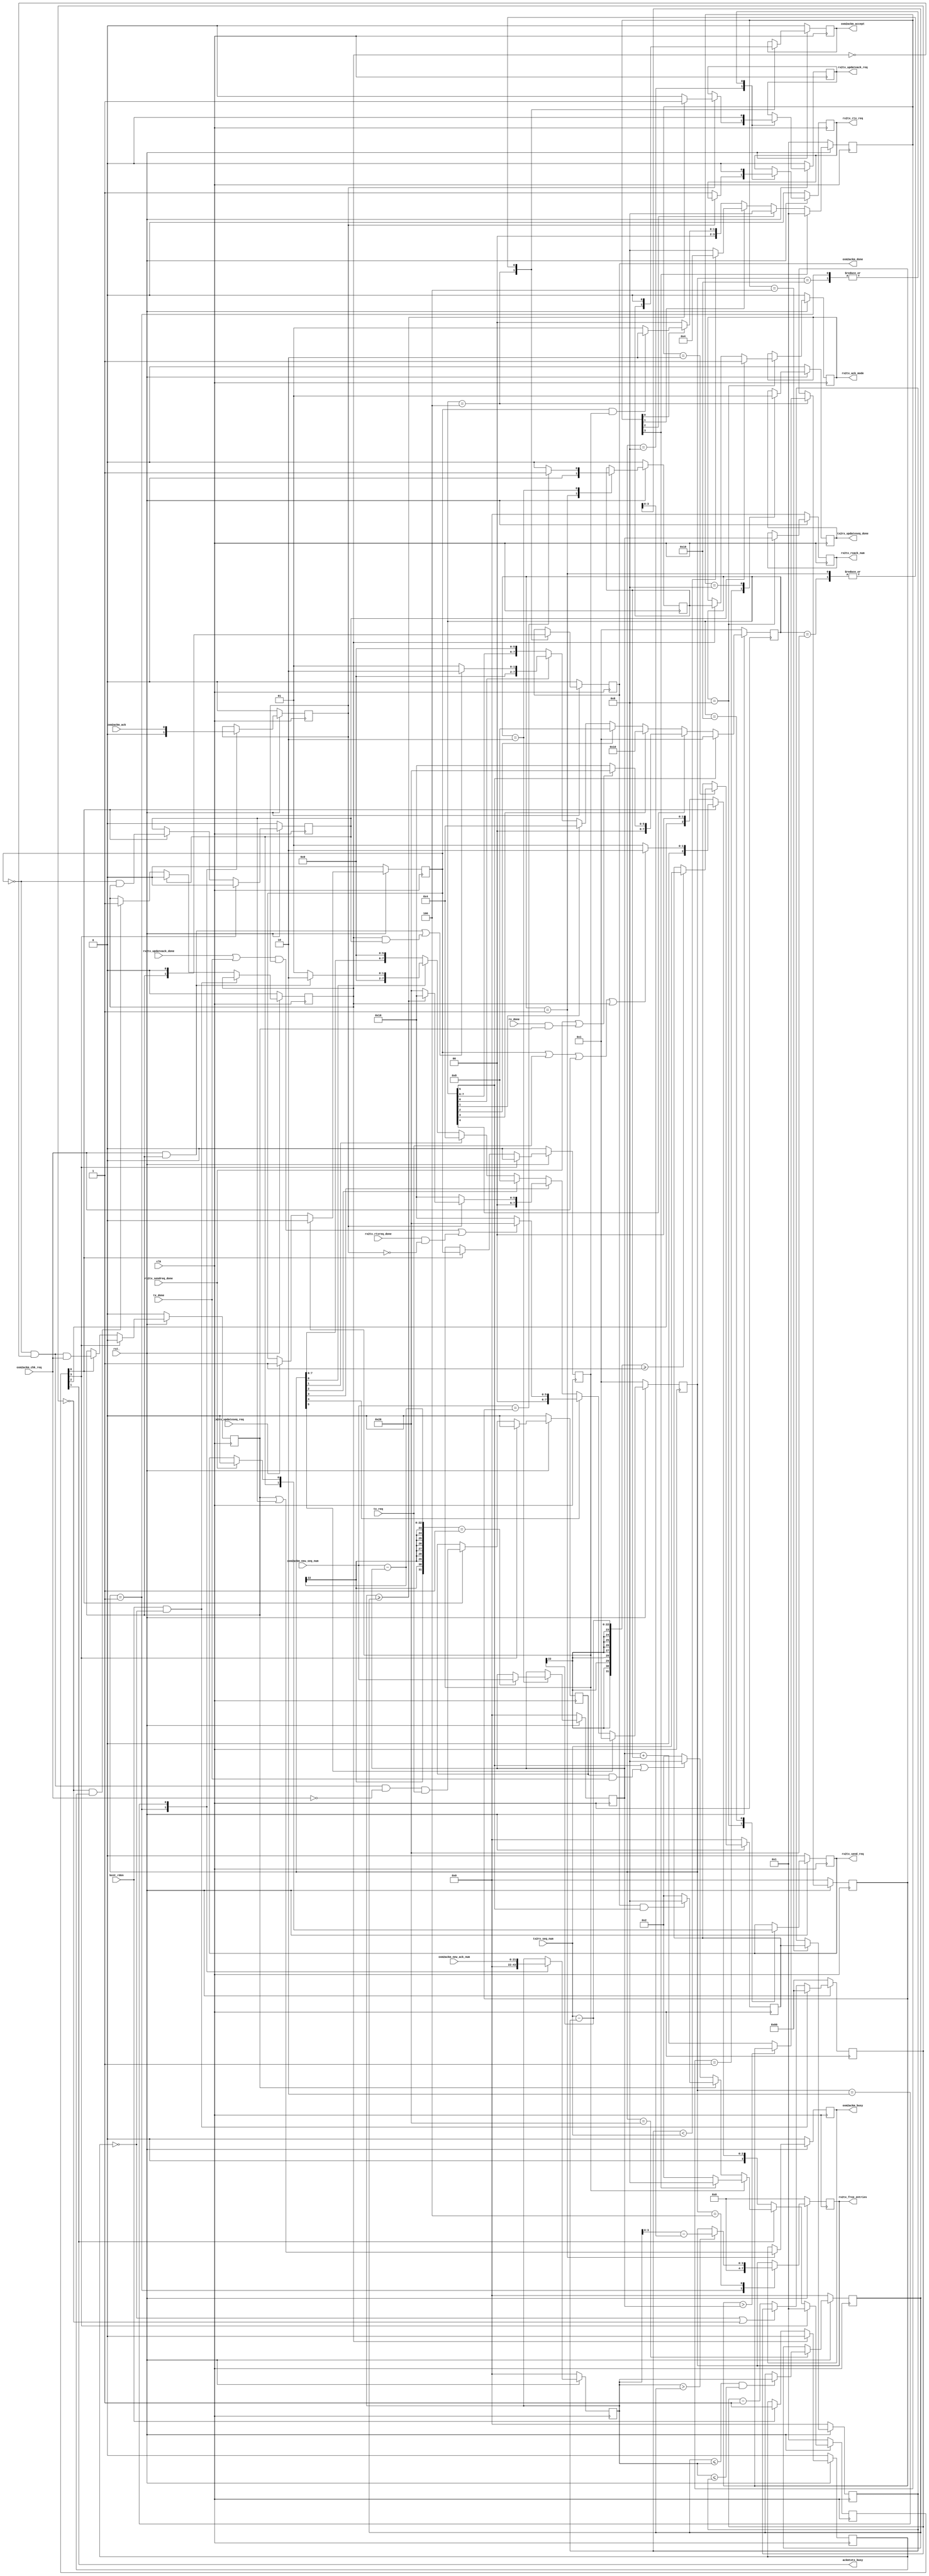
//****************************************************************
// December 6, 2022
//
// Licensed to the Apache Software Foundation (ASF) under one
// or more contributor license agreements.  See the NOTICE file
// distributed with this work for additional information
// regarding copyright ownership.  The ASF licenses this file
// to you under the Apache License, Version 2.0 (the
// "License"); you may not use this file except in compliance
// with the License.  You may obtain a copy of the License at
//
//   http://www.apache.org/licenses/LICENSE-2.0
//
// Unless required by applicable law or agreed to in writing,
// software distributed under the License is distributed on an
// "AS IS" BASIS, WITHOUT WARRANTIES OR CONDITIONS OF ANY
// KIND, either express or implied.  See the License for the
// specific language governing permissions and limitations
// under the License.
//
// Date: N/A
// Project: OmniXtend Core
// Comments: N/A
//
//********************************
// File history:
//   2022-10-06, ID=SRJAM
//     If the 'Send Request' is running when the Ack timer expired, it would jam in the wait state.
//     Solved by removing dependency on 'ack_timer_in_progress' for transitioning out of wait state.
//     See comments starting with "//SRJAM"
//****************************************************************




`timescale 1ns / 1ps


module seq_mgr
    #(
      //parameter ACK_TIMEOUT  = 32'd128)
      //parameter ACK_TIMEOUT  = 32'd64)   //need to respond to Endpoint quicker
        parameter ACK_TIMEOUT  = 32'd96)   //minimum ack time out
    (
        input                   clk,
        input                   rst_,

        input                   tx_req,
        input                   tx_done,
        output                  ackmtotx_busy,

        input                   tx2rx_updateseq_req,    // update seq req, PULSE - must latched before it went away
        input           [21:0]  tx2rx_seq_num,          // seq num from tx (local seq)
        output  reg             tx2rx_updateseq_done,   // update seq req done back to tx

        output  reg             rx2tx_updateack_req,    // update tx ack req (update remote ack)
    //  output  reg     [21:0]  rx2tx_new_ack_num,      // new ack num from rx  (remote ack for rtx)
        output  reg     [ 3:0]  rx2tx_free_entries,     // number of entries to free int he RTX linked list
    //  output  reg     [ 3:0]  rx2tx_rtx_entries,      // the number of entries needing retransmit
        output  reg             rx2tx_rtx_req,          // RTX req
        input                   rx2tx_rtxreq_done,      // RTX req done
        input                   rx2tx_updateack_done,

        output  reg             rx2tx_send_req,         // send req     //TODO: rename rx2tx_ack_req or rx2tx_sendack_req
        output  reg             rx2tx_ack_mode,         // ack mode, ack = 1, nack = 0
        output  reg     [21:0]  rx2tx_rxack_num,        // ack num to send out to remote node (local ack)
        input                   rx2tx_sendreq_done,                     //TODO: rename rx2tx_ack_done or rx2tx_sendack_done

        input                   bcnt_rden,              // indicate there's a packet (for timer to start)

        input           [21:0]  oxm2ackm_new_ack_num,   // Remote ack num from M2OX
        input           [21:0]  oxm2ackm_new_seq_num,   // Remote seq num from M2OX
        input                   oxm2ackm_chk_req,       // Asserted by M2OX to request a sequence check
        input                   oxm2ackm_ack,           // Remote ack mode from M2OX (ack = 1, nack = 0)
        input                   rx_done,                // Asserted when M2OX has finished RXing current packet (= rx_done_st from M2OX)
        output  reg             oxm2ackm_accept,        // Assert for M2OX to current RXed packet (1 = accept 0 = reject)
        output  reg             oxm2ackm_busy,          // Asserted by seq_mgr when running a sequence check or ACK timer expire
        output  reg             oxm2ackm_done           // Asserted by seq_mgr when sequence check is done
    );

    //================================================================//
    //  State Machine State Encoding and State Signals

    reg [3:0]   update_seq_state;
    localparam  US_IDLE         =   4'h1,
                US_CHECK_SEQ    =   4'h2,   //  check the new sequence number in this state
                US_UPDATE       =   4'h4,   //  if the new seq number is OK, update it
                US_DONE         =   4'h8;   //  return the done to the requester

    wire        us_idle_st      =   update_seq_state[0];
    wire        us_check_seq_st =   update_seq_state[1];
    wire        us_update_st    =   update_seq_state[2];
    wire        us_done_st      =   update_seq_state[3];

    //----------------------------------------------------------------//

    reg [7:0]   update_ack_state;
    localparam  UA_IDLE         =   8'h01,
                UA_CHECK_ACK    =   8'h02,  //  checking the new ACK number
                UA_CALC         =   8'h04,  //  calculate how many entries that we need to request or need RTX_REQ
                UA_REQ          =   8'h08,  //  request either *updateack_req or *rtx_req
                UA_WAIT         =   8'h10,  //  wait for the TX Path to respond with DONE
                UA_DONE         =   8'h20;

    wire        ua_idle_st      =   update_ack_state[0];
    wire        ua_check_ack_st =   update_ack_state[1];
    wire        ua_calc_st      =   update_ack_state[2];
    wire        ua_req_st       =   update_ack_state[3];
    wire        ua_wait_st      =   update_ack_state[4];
    wire        ua_done_st      =   update_ack_state[5];

    //----------------------------------------------------------------//

    reg [7:0]   send_req_state;
    localparam  SR_IDLE         =   8'h01,
                SR_CHECK_SEQ    =   8'h02,  //  check the sequence number as indicated above
                SR_CALC         =   8'h04,  //  may not need (determine in-order or not)
                SR_REQ          =   8'h08,  //  request TX Path to perform ACK or NACK
                SR_WAIT         =   8'h10,  //  wait for TX Path to complete
                SR_DONE         =   8'h20;

    wire        sr_idle_st      =   send_req_state[0];
    wire        sr_check_seq_st =   send_req_state[1];
    wire        sr_calc_st      =   send_req_state[2];
    wire        sr_req_st       =   send_req_state[3];
    wire        sr_wait_st      =   send_req_state[4];
    wire        sr_done_st      =   send_req_state[5];

    //----------------------------------------------------------------//

  //reg [1:0]   master_state;
    reg [3:0]   master_state;       //20220505
    localparam  MASTER_IDLE     =   4'h1,
                MASTER_BUSY     =   4'h2,
                MASTER_DONE     =   4'h8;

    wire    master_idle_st  =   master_state[0];
    wire    master_busy_st  =   master_state[1];
    //
    wire    master_done_st  =   master_state[3];

    assign  ackmtotx_busy   =   master_state[1];



    reg [21:0]  ack_num_max;
    reg [21:0]  ack_num_cur;
    reg [21:0]  ack_num_new;
    reg [21:0]  seq_cur_tx;
    reg [21:0]  seq_cur_rx;     //will become our ack number
    reg [21:0]  seq_next_rx;    //Sequence number to expect next
    reg         ack_mode_rx;    //Incoming (remote) ack mode (1 = ack, 0 = nack);
    reg         seq_in_order;



    reg [31:0]  ack_timer;
    reg         ack_timer_expired;
    reg         ack_timer_in_progress;

    reg     updateseq_gnt, tx_req_gnt, chk_req_gnt, timer_gnt;      //different modes MASTER operates in


    //------------ vars
    reg             updateseq_pending ;
    reg     [21:0]  seq_num_reg ;   //to keep the seq number to be updated around


    //================================================================//
    //  'Update Sequence Number' State Machine
    //  Started by OX2M to update TX sequence number
    //    TX2RX UPDATE SEQ REQ CYCLE

    //Next State Logic
    always @ (posedge clk) begin
        if (!rst_) begin
            update_seq_state    <=  US_IDLE;
        end
        else begin
            if (us_idle_st) begin
                //update_seq_state  <=  (tx2rx_updateseq_req                ) ? US_CHECK_SEQ : US_IDLE;
                //update_seq_state  <=  (tx2rx_updateseq_req & updateseq_gnt) ? US_CHECK_SEQ : US_IDLE;
                update_seq_state    <=  (updateseq_pending   & updateseq_gnt) ? US_CHECK_SEQ : US_IDLE;
            end

            //check the TX seq number for validity before updating RX local copy?
            if (us_check_seq_st) begin
                update_seq_state    <=  ack_num_max < tx2rx_seq_num ? US_UPDATE : US_DONE;
            end

            if (us_update_st) begin
                update_seq_state    <=  US_DONE;
            end

            if (us_done_st) begin
                update_seq_state    <=  US_IDLE;
            end
        end // Else
    end

    //Output Logic
    always @ (posedge clk) begin
        if (!rst_) begin
            ack_num_max        		<=  22'b0;
            seq_cur_tx        		<=  22'b0;
            tx2rx_updateseq_done	<=  1'b0;
        end
        else begin
            case (update_seq_state)
                US_IDLE: begin
                    tx2rx_updateseq_done <=  1'b0;
                end

                US_CHECK_SEQ:   begin
                //  seq_cur_tx  <=  (tx2rx_seq_num - ack_num_max == 1) ? tx2rx_seq_num : seq_cur_tx;
                    seq_cur_tx  <=  (tx2rx_seq_num - ack_num_max >= 1) ? tx2rx_seq_num : seq_cur_tx;
                end
                
                US_UPDATE: begin
                    ack_num_max <=  seq_cur_tx;
                end
                
                US_DONE: begin
                    tx2rx_updateseq_done <=  1'b1;
                end
            endcase
        end // Else
    end

    //================================================================//
    //  'Update ACK Number' State Machine
    //  Runs at the same time as the RX sequence check
    //  RX2TX UPDATE ACK REQ CYCLE or RTX REQ CYCLE

    //Next State Logic
    always  @ (posedge clk) begin
        if (!rst_) begin
            update_ack_state <= UA_IDLE;
        end
        else begin

            //Idle State: Stay idle unless M2OX's sequence check request is granted
            if (ua_idle_st) begin
            //  update_ack_state    <=  oxm2ackm_chk_req && master_idle_st ? UA_CHECK_ACK : UA_IDLE;
                update_ack_state    <=  oxm2ackm_chk_req && chk_req_gnt ? UA_CHECK_ACK : UA_IDLE;
            end

            if (ua_check_ack_st) begin
                update_ack_state    <=  UA_CALC;
            end

            if (ua_calc_st) begin
                update_ack_state    <=  UA_REQ;
            end

            if (ua_req_st) begin
                update_ack_state    <=  (!ack_mode_rx)               ? UA_WAIT:
                                        (ack_num_new >= ack_num_cur) ? UA_WAIT:
                                        UA_DONE;
            end

            if (ua_wait_st) begin
                update_ack_state    <=  ((rx2tx_updateack_done || tx_done) && ack_mode_rx) || (rx2tx_rtxreq_done && !ack_mode_rx) ? UA_DONE : UA_WAIT;
            end

            if (ua_done_st) begin
                update_ack_state    <=  UA_IDLE;
            end
        end //
    end

    //Output Logic
    always @ (posedge clk) begin
        if (!rst_) begin
            ack_num_new <= 0;
            rx2tx_updateack_req <=  1'b0;
            rx2tx_rtx_req       <=  1'b0;
            rx2tx_free_entries  <=  4'b0;
        //  rx2tx_rtx_entries   <=  0;
            ack_num_cur         <=  22'b0;
        //  rx2tx_new_ack_num   <=  0;
            ack_mode_rx         <=  1'b0;
        end
        else begin
            case(update_ack_state)
                UA_IDLE: begin
                    ack_num_new 		<=     0;
                    rx2tx_updateack_req <=  1'b0;
                    rx2tx_rtx_req       <=  1'b0;
                    rx2tx_free_entries  <=   'b0;
                //  rx2tx_rtx_entries   <=     0;
                    ack_mode_rx     	<=  1'b0;
                //  rx2tx_new_ack_num   <=     0;
                end

                UA_CHECK_ACK: begin
                    ack_num_new     <= oxm2ackm_new_ack_num;
                    ack_mode_rx		<= oxm2ackm_ack;
                end

                UA_CALC: begin
                //  rx2tx_rtx_entries   <=  (ack_mode_rx) ? rx2tx_rtx_entries : ack_num_max - ack_num_new;
                //  rx2tx_free_entries  <=  (ack_mode_rx) ?
                //                          (ack_num_new > ack_num_cur) ? ack_num_new - ack_num_cur : rx2tx_free_entries  :
                //                          rx2tx_free_entries;
                //  rx2tx_free_entries  <=  (ack_num_new > ack_num_cur) ? ack_num_new - ack_num_cur - 22'd1 : rx2tx_free_entries  ;
                    rx2tx_free_entries  <=  (ack_num_new > ack_num_cur) ? ack_num_new - ack_num_cur : rx2tx_free_entries  ;
                end

                UA_REQ: begin
                    if (ack_mode_rx) begin
                        rx2tx_updateack_req <=  (ack_num_new >= ack_num_cur) ? 1'b1 : 1'b0;
                    end else begin
                        rx2tx_rtx_req       <=  1'b1;
//                      rx2tx_new_ack_num   <=  (ack_num_new > ack_num_cur) ? ack_num_new : rx2tx_new_ack_num;
                    end
                end

                UA_WAIT: begin
                    rx2tx_updateack_req <=  1'b0;
                    rx2tx_rtx_req       <=  1'b0;
                end

                UA_DONE: begin
                    ack_num_cur         <=  (ack_num_cur <= ack_num_new) && (ack_num_new <= ack_num_max) ?
                                                ack_num_new :
                                                ack_num_cur;
                end
            endcase
        end // Else
    end


    //================================================================//
    //  'Check Sequence & Send ACK' State Machine
    //  Sends (N)ACK on Ack Timer Expire or Out-of-Order Packet RX
    //  RX2TX Send ACK Request (higher priority than the local transmit)

    //Next State Logic
    always  @ (posedge clk) begin
        if (!rst_) begin
            send_req_state  <=  SR_IDLE;
        end
        else begin

            //Idle State: Transition to Sequence Check State if M2OX need sequence check, or ACK Timer expired
            //            Must receive check/timer grant from Main State Machine to proceed
            if (sr_idle_st) begin
              //send_req_state  <=  oxm2ackm_chk_req  && master_idle_st ? SR_CHECK_SEQ :
              //                    ack_timer_expired && master_idle_st ? SR_CHECK_SEQ :
              //                    SR_IDLE;

                send_req_state  <=  ( (oxm2ackm_chk_req  && chk_req_gnt)   |
                                      (ack_timer_expired && timer_gnt  ) ) ? SR_CHECK_SEQ :
                                    SR_IDLE;
            end

            if (sr_check_seq_st) begin
                send_req_state  <=  SR_CALC;
            end

            if (sr_calc_st) begin
                send_req_state  <=  SR_REQ;
            end

            if (sr_req_st) begin
                send_req_state  <=  SR_WAIT;
            end

            //Wait State: ____________
            if (sr_wait_st) begin
              //send_req_state  <=  rx2tx_sendreq_done || (ack_timer_in_progress && rx_done) ? SR_DONE : SR_WAIT;  //SRJAM(-)//
                send_req_state  <=  rx2tx_sendreq_done || (rx_done & chk_req_gnt) ? SR_DONE : SR_WAIT;  //SRJAM(+)//
                                    //   ^                     ^          ^ Only stop on RX done if running seq number check
                                    //   ^                     ^ means M2OX done processing an RX pkt
                                    //   ^ from TX_Path to indicate the SEND_REQ completed
            end

            if (sr_done_st) begin
                send_req_state  <=  SR_IDLE;
            end
        end
    end

    //Output Logic
    always @ (posedge clk) begin
        if (!rst_) begin
            seq_cur_rx          <= 22'b0;
            seq_next_rx         <= 22'b0;
            seq_in_order        <=  1'b0;
            rx2tx_send_req      <=  1'b0;
            rx2tx_ack_mode      <=  1'b0;
            rx2tx_rxack_num     <= 22'b0;
            oxm2ackm_done       <=  1'b0;
            oxm2ackm_accept     <=  1'b0;
            oxm2ackm_busy       <=  1'b0;
        //  ack_timer_in_progress <=  0;
        end

        else begin
            case (send_req_state)

                //Idle State: Reset internal status registers
                SR_IDLE: begin
                    seq_in_order    <=  1'b0;
                    oxm2ackm_done   <=  1'b0;
                    oxm2ackm_accept <=  1'b0;
                //  rx2tx_ack_mode  <=  1'b0;
                //  oxm2ackm_busy   <=  oxm2ackm_chk_req | ack_timer_expired;
                    oxm2ackm_busy   <=  chk_req_gnt | timer_gnt ;   //Become busy if we're about to leave idle

                    //true if TIMER is not expired
                    //should move this out of the SM?
                //  ack_timer_in_progress   <=  ack_timer_in_progress ? ack_timer_in_progress : oxm2ackm_chk_req | ack_timer_expired;
                end

                //Check Sequence State: Update current RX sequence number if in order and set in_order flag accordingly
                SR_CHECK_SEQ: begin
                    seq_cur_rx  	<=  (oxm2ackm_new_seq_num - seq_cur_rx == 1) ? oxm2ackm_new_seq_num : seq_cur_rx;
                    seq_in_order    <=  (oxm2ackm_new_seq_num == seq_next_rx   ) ? 1'b1 : 1'b0;
                end

                //Calculate State: Calculate next expected RX sequence number
                SR_CALC: begin
                    seq_next_rx 	<=  seq_next_rx > seq_cur_rx ? seq_next_rx : seq_cur_rx   +   seq_in_order   ;
                    oxm2ackm_accept <=  seq_in_order;
                //-/oxm2ackm_done   <=  1'b1;
                    oxm2ackm_done   <=  chk_req_gnt;    //+//	//2022-10-10: only assert sequence check done if doing the check
                end

                //Ack Request State: ____________
                SR_REQ: begin
                    //Request TX Path send ACK if timer is expired
                //  rx2tx_send_req          <=  ack_timer == 32'b0;
                    rx2tx_send_req          <=  timer_gnt;

                    //Select ACK mode (ACK vs NACK/Retransmit)
                //  rx2tx_ack_mode          <=  ack_timer_expired  ? rx2tx_ack_mode : seq_in_order;
                //  rx2tx_ack_mode          <=  !ack_timer_expired ? rx2tx_ack_mode : seq_in_order;     //20220608 - correction
                    rx2tx_ack_mode          <=  timer_gnt          ? 1'b1 : //timer expired, so request an ACK (vs NACK)
                                               !ack_timer_expired  ? rx2tx_ack_mode:   //non-timer mode, hold
                                                seq_in_order;                           //normal mode as pkt coming in; 20220608 - correction

                //+/rx2tx_ack_mode          <=  chk_req_gnt ? seq_in_order :
                //+/                            timer_gnt ? 1'b1 :
                //+/                            seq_in_order;

                    rx2tx_rxack_num         <=  seq_cur_rx;

                //  ack_timer_in_progress   <=  !(ack_timer == 32'b0);
                end

                SR_WAIT: begin
                //  rx2tx_send_req  <=  1'b0;
                    rx2tx_send_req  <= rx2tx_sendreq_done ? 1'b0 : rx2tx_send_req; //CLE 20220420
                end

                SR_DONE: begin
                //  rx2tx_rxack_num <= 22'b0;
                    oxm2ackm_done   <=  1'b0;
                    oxm2ackm_accept <=  1'b0;
                end
            endcase
        end // Else
    end


    //================================================================//
    //  ACK TIMER

    always  @ (posedge clk) begin
        if (!rst_) begin
        //  ack_timer           <= 32'b0;
            ack_timer           <= ACK_TIMEOUT;          //20220505 CLE
            ack_timer_expired   <=  1'b0;
        end // if rst

        else begin
            //change to RELOAD to avoid racing condition at the start of the process
        //  if (ack_timer == 32'b0 && oxm2ackm_chk_req && master_idle_st)
        //  if (timer_gnt & !sr_idle_st ) //reload on servicing a timeout
            if( bcnt_rden & !ack_timer_in_progress) begin
                //load

                //ack_timer <= ACK_TIMEOUT - 1'b1;
                ack_timer <= ACK_TIMEOUT ;
                //ack_timer_expired   <=  1'b0;
            end // if (timer_gnt & !sr_idle_st )

            else begin
                //count and check for time out

                //ack_timer <=    ack_timer == 32'b0 ? ack_timer : ack_timer - 1'b1;
                ack_timer <=
                    !ack_timer_in_progress | (ack_timer == 32'b0) ? ack_timer :
                    ack_timer - 1'b1;
                //ack_timer_expired   <=  ack_timer == 32'b0  && ack_timer_in_progress ? 1'b1 : 1'b0;
                ack_timer_expired   <=
                    timer_gnt ? 1'b0 :
                    (ack_timer == 32'b0) && ack_timer_in_progress ? 1'b1 :
                    ack_timer_expired;
            end // else
        end // else
    end


    //reg       tx_req_gnt, chk_req_gnt, timer_gnt;     //different modes MASTER operates in

    //================================================================//
    //  Master State Machine

    always  @ (posedge clk) begin
        if (!rst_) begin
            master_state    <= MASTER_IDLE;
            tx_req_gnt      <= 1'b0 ;       //indicate servicing TX request mode
            chk_req_gnt     <= 1'b0 ;       //indicate servicing M2OX check request mode
            timer_gnt       <= 1'b0 ;       //indicate servicing ACK Timer timeout mode
            updateseq_gnt   <= 1'b0 ;       //indicate servicing ACK Timer timeout mode
        end
        else begin
            if (master_idle_st) begin
                //TODO: should not handle TX_REQ In here???
                master_state    <=    updateseq_pending || tx_req || oxm2ackm_chk_req || ack_timer_expired ? MASTER_BUSY : MASTER_IDLE;

                //arbitrate current mode on leaving IDLE
                //priority from highest to lowest
              //updateseq_gnt   <=  tx2rx_updateseq_req ;                   //for updating the local sequence number from the TX Path
                updateseq_gnt   <=  updateseq_pending ;                     //for updating the local sequence number from the TX Path
                timer_gnt       <= !updateseq_pending &  ack_timer_expired ;                                //for ACK timer times out
                chk_req_gnt     <= !updateseq_pending & !ack_timer_expired &  oxm2ackm_chk_req ;            //for RX seq checking	//-/
            //+/chk_req_gnt     <= !updateseq_pending &                       oxm2ackm_chk_req ;            //for RX seq checking
                tx_req_gnt      <= !updateseq_pending & !ack_timer_expired & !oxm2ackm_chk_req & tx_req ;   //for updating TX variables

            end
            if (master_busy_st) begin
              //master_state    <=    ua_done_st || sr_done_st || tx_done ? MASTER_IDLE : MASTER_BUSY;
              //master_state    <=    ua_done_st || sr_done_st || tx_done ? MASTER_DONE : MASTER_BUSY;
                master_state    <=          //20220513
                    updateseq_gnt ? ( us_done_st ? MASTER_DONE : MASTER_BUSY) : //case of RX receiving a pkt or chk_req
                    //chk_req_gnt ? (rx_done ? MASTER_DONE : MASTER_BUSY) : //case of RX receiving a pkt or chk_req
                        //TX side can take longer to process than RX side
                        //Need to wait for the SENDREQ SM to complete before DONE
                    chk_req_gnt ? ((oxm2ackm_done & sr_done_st) ? MASTER_DONE : MASTER_BUSY) : //case of RX receiving a pkt or chk_req
                        //??? on timer processing may need to wait until TX side had sent the ACK out to the network
                        //before going to DONE
                //-/sr_done_st || tx_done ? MASTER_DONE : //case of SEND_REQ or processing TX REQuest
                    sr_done_st || (tx_req_gnt & tx_done) ? MASTER_DONE : //case of SEND_REQ or processing TX REQuest	//2022-10-10: Only stop on tx_done if granting TX
                    MASTER_BUSY;
            end

            //-- added 20220505 to allow signals clearing out at end of an access to avoid racing condition
            if (master_done_st) begin
                master_state    <= MASTER_IDLE ;
                updateseq_gnt   <= 1'b0 ;
                timer_gnt       <= 1'b0 ;
                chk_req_gnt     <= 1'b0 ;
                tx_req_gnt      <= 1'b0 ;
            end

        end    //
    end

    // =================================== COMBINTATION LOGIC =====================================================

    always  @ (posedge clk)
        if (!rst_) begin
            updateseq_pending       <=  1'b0 ;
            seq_num_reg             <= 21'b0 ;
            ack_timer_in_progress   <=  1'b0 ;
        end
        else begin
            updateseq_pending    <=
                updateseq_gnt ? 1'b0 :
                tx2rx_updateseq_req ? 1'b1 :
                updateseq_pending ;

            seq_num_reg          <=
                tx2rx_updateseq_req ? tx2rx_seq_num :
                seq_num_reg ;

            ack_timer_in_progress   <=
                ack_timer_expired ? 1'b0 :
                bcnt_rden ? 1'b1 :
                ack_timer_in_progress ;
        end



//=============================
//synopsys translate_off
    reg [12*8:0] ascii_update_seq_state;

    always@(update_seq_state) begin
        case(update_seq_state)
             US_IDLE        : ascii_update_seq_state = "US_IDLE"      ;
             US_CHECK_SEQ   : ascii_update_seq_state = "US_CHECK_SEQ" ;
             US_UPDATE      : ascii_update_seq_state = "US_UPDATE"    ;
             US_DONE        : ascii_update_seq_state = "US_DONE"      ;
        endcase
    end

    reg [12*8:0] ascii_update_ack_state;

    always@(update_ack_state) begin
        case(update_ack_state)
             UA_IDLE        : ascii_update_ack_state = "UA_IDLE"      ;
             UA_CHECK_ACK   : ascii_update_ack_state = "UA_CHECK_ACK" ;
             UA_CALC        : ascii_update_ack_state = "UA_CALC"      ;
             UA_REQ         : ascii_update_ack_state = "UA_REQ"       ;
             UA_WAIT        : ascii_update_ack_state = "UA_WAIT"      ;
             UA_DONE        : ascii_update_ack_state = "UA_DONE"      ;
        endcase
    end

    reg [12*8:0] ascii_send_req_state;

    always@(send_req_state) begin
        case(send_req_state)
             SR_IDLE        : ascii_send_req_state = "SR_IDLE"      ;
             SR_CHECK_SEQ   : ascii_send_req_state = "SR_CHECK_SEQ" ;
             SR_CALC        : ascii_send_req_state = "SR_CALC"      ;
             SR_REQ         : ascii_send_req_state = "SR_REQ"       ;
             SR_WAIT        : ascii_send_req_state = "SR_WAIT"      ;
             SR_DONE        : ascii_send_req_state = "SR_DONE"      ;
        endcase
    end

    reg [12*8:0] ascii_master_state;

    always@(master_state) begin
        case(master_state)
             MASTER_IDLE    : ascii_master_state = "MASTER_IDLE"    ;
             MASTER_BUSY    : ascii_master_state = "MASTER_BUSY"    ;
             MASTER_DONE    : ascii_master_state = "MASTER_DONE"    ;
        endcase
    end
//synopsys translate_on

endmodule